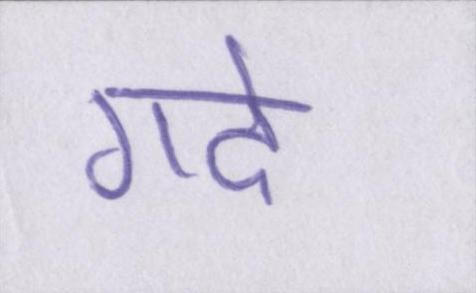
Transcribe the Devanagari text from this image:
गढे